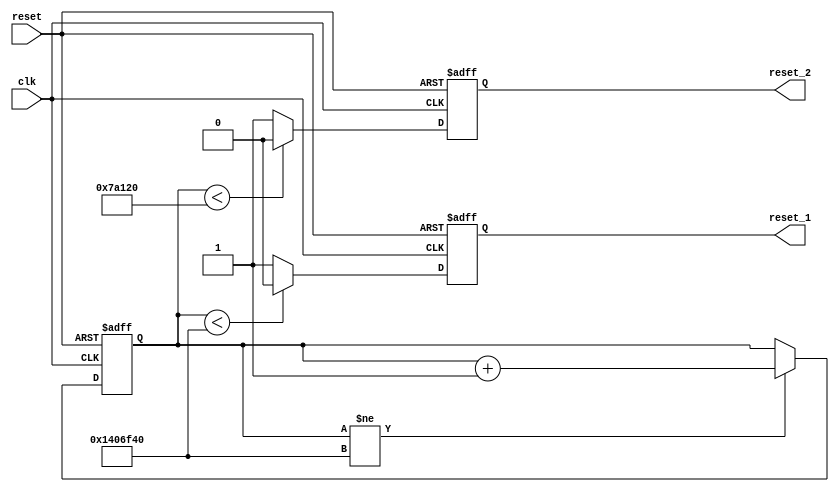

`timescale 1ps / 1ps

module powerUp_sequence
	#(
		parameter  C_CLK_FREQ    = 100_000 //KHz
	)
	(
		input  wire   clk    ,//100MHz
		input  wire   reset  ,
		
		output wire   reset_1,
		output reg    reset_2

	);
	
	function integer clog2;
	input integer value;
	begin 
		value = value-1;
		for (clog2=0; value>0; clog2=clog2+1)
		value = value>>1;
	end 
	endfunction
	
	// =============================================================================
	// Internal signal
	// =============================================================================
	localparam PU_DELAY        = 210;//ms
	localparam PU_DELAY_CYCLES = PU_DELAY*C_CLK_FREQ;
	reg  [clog2(PU_DELAY_CYCLES):0] powerup_cnt;
	
	localparam RESET_DELAY        = 5;//ms
	localparam RESET_DELAY_CYCLES = RESET_DELAY*C_CLK_FREQ;
	
	reg         powerup_done;
	
	// =============================================================================
	// RTL Body
	// =============================================================================
	assign reset_1 = powerup_done;
	
	always@(posedge clk or posedge reset)
	begin
		if(reset)	
		begin
			powerup_cnt  <= 0;
		end
		else if(powerup_cnt != PU_DELAY_CYCLES)
		begin
			powerup_cnt  <= powerup_cnt + 1'b1;
		end
	end      
	
	always@(posedge clk or posedge reset)
	begin
		if(reset)	
		begin
			powerup_done  <= 1'b0;
		end
		else if(powerup_cnt < PU_DELAY_CYCLES)
		begin
			powerup_done  <= 1'b0;
		end
		else
		begin
			powerup_done  <= 1'b1;
		end
	end      
	
	  
	always@(posedge clk or posedge reset)
	begin
		if(reset)	
		begin
			reset_2  <= 1'b0;
		end
		else if(powerup_cnt < RESET_DELAY_CYCLES)
		begin
			reset_2  <= 1'b0;
		end
		else
		begin
			reset_2  <= 1'b1;
		end
	end  
	
	

endmodule